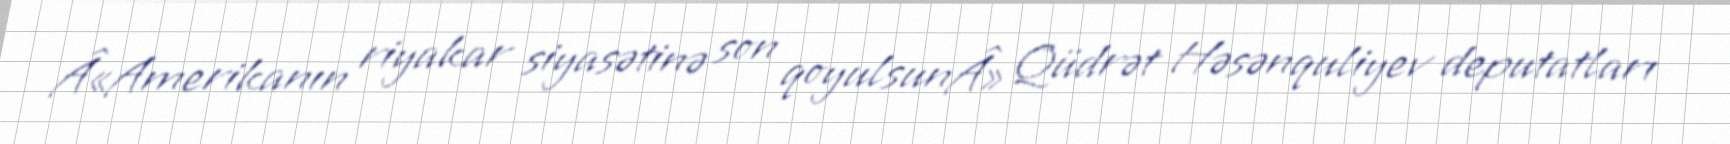
Â«Amerikanın riyakar siyasətinə son qoyulsunÂ» Qüdrət Həsənquliyev deputatları